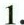
1.